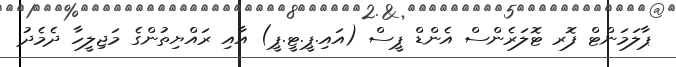
ޕާލަމަންޓް ފޮރ ޓޮލަރެންސް އެންޑް ޕީސް (އައި.ޕީ.ޓީ.ޕީ) އާއި ރައްޔިތުންގެ މަޖިލީހާ ދެމެދު